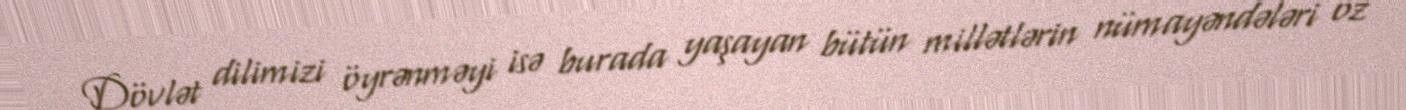
Dövlət dilimizi öyrənməyi isə burada yaşayan bütün millətlərin nümayəndələri öz